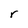
Character: r